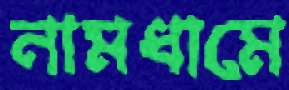
নামধামে